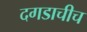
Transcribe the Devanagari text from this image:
दगडाचीच